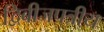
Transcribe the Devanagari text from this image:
द्विबीजपत्रीय